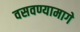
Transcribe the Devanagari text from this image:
वसवण्यामागे